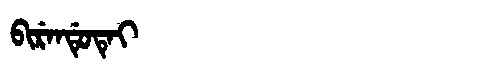
Manchu: ᠪᡳᡵᡝᠨᡩᡠᡨᡝᡳ
Romanization: BIRENDUTEI